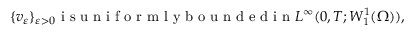
\{ v _ { \varepsilon } \} _ { \varepsilon > 0 } \mathrm { ~ i ~ s ~ u ~ n ~ i ~ f ~ o ~ r ~ m ~ l ~ y ~ b ~ o ~ u ~ n ~ d ~ e ~ d ~ i ~ n ~ } L ^ { \infty } ( 0 , T ; W _ { 1 } ^ { 1 } ( \Omega ) ) ,